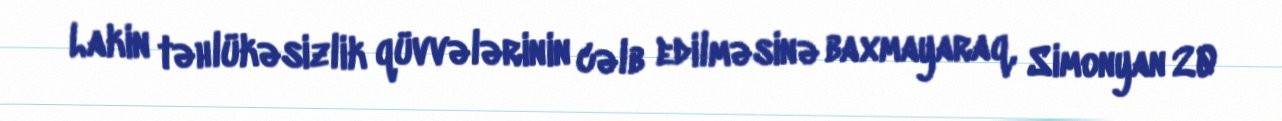
Lakin təhlükəsizlik qüvvələrinin cəlb edilməsinə baxmayaraq, Simonyan 20